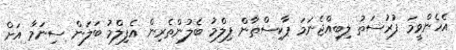
އެހެންވީމަ ފުރުސަތު ލިބިއްޖެނަމަ ޕާކިސްތާން ފިލްމު ބެލުންތެރިން އެފިލްމު ބަލަން ސިނަމާ އަށް